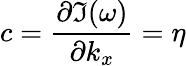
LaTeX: c=\frac{\partial\Im(\omega)}{\partial k_{x}}=\eta